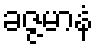
ခဇ္ဇမာနံ